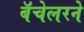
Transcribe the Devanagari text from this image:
बॅचेलरने